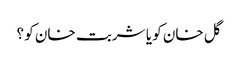
گل خان کو یا شربت خان کو ؟